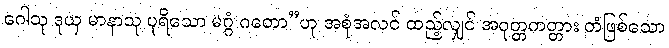
ဂေါသု ဒုယှ မာနာသု ပုရိသော မဂ္ဂံ ဂတော”ဟု အစုံအလင် ထည့်လျှင် အဝုတ္တကတ္တား ကံဖြစ်သော